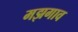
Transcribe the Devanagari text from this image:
मझगाव